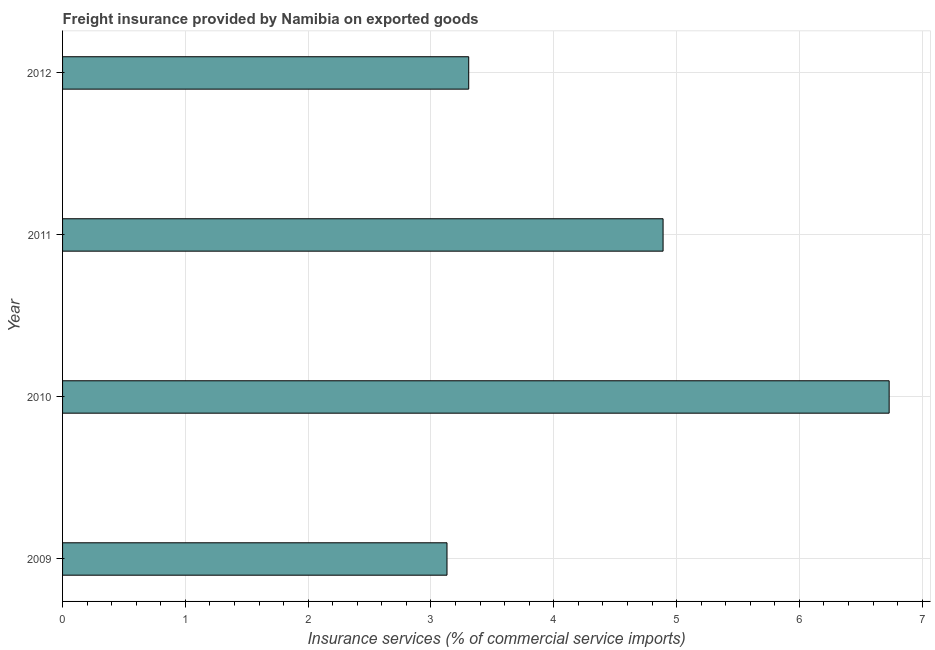
| Year | Insurance and financial services |
 | --- | --- |
 | 2009 | 3.13 |
 | 2010 | 6.73 |
 | 2011 | 4.89 |
 | 2012 | 3.31 |